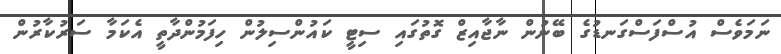
ނަމަވެސް އުސްފަސްގަނޑުގެ ބޭނުން ނާޖާއިޒް ގޮތުގައި ސިޓީ ކައުންސިލުން ހިފަމުންދާތީ އެކަމާ ސަރުކާރުން